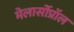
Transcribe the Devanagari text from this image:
मेलार्सोप्रॉल